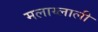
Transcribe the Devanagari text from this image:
मलाय्लाली